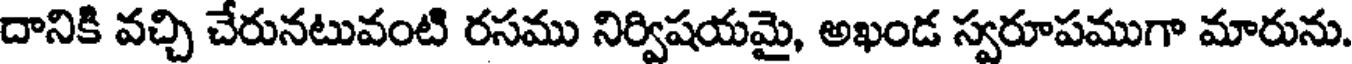
దానికి వచ్చి చేరునటువంటి రసము నిర్విషయమై, అఖండ స్వరూపముగా మారును.